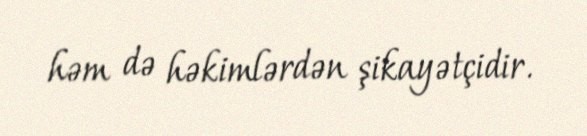
həm də həkimlərdən şikayətçidir.